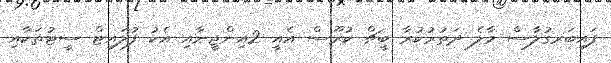
ފައިބަރގުލާސް މާލެ ދަތުރުކުރާ ބީޗް ކުރޫސް އެއީ 2އިންޖީނާއި އެކު ފުލައިޓް ސީޓުތަކާއި